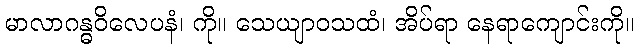
မာလာဂန္ဓဝိလေပနံ၊ ကို။ သေယျာဝသထံ၊ အိပ်ရာ နေရာကျောင်းကို။